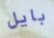
بايل